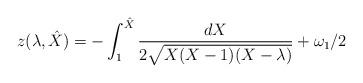
LaTeX: \begin{align*}z(\lambda,\hat{X}) = -\int_1^{\hat{X}}\frac{dX}{2\sqrt{X(X-1)(X-\lambda)}} + \omega_1/2\end{align*}